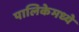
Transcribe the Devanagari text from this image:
पालिकेमध्ये